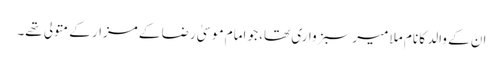
ان کے والد کا نام ملا میر سبزواری تھا، جو امام موسیٰ رضا کے مزار کے متولی تھے۔